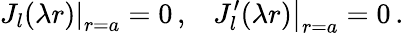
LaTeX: \left.J_{l}(\lambda r)\right|_{r=a}=0\, {,}\quad\left.J_{l}^{\prime}(\lambda r)\right|_{r=a}=0\, {.}